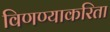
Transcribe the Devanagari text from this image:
विणण्याकरिता